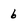
Character: 6